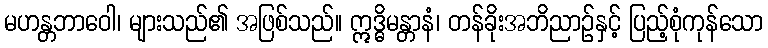
မဟန္တဘာဝေါ၊ များသည်၏ အဖြစ်သည်။ ဣဒ္ဓိမန္တာနံ၊ တန်ခိုးအဘိညာဉ်နှင့် ပြည့်စုံကုန်သော